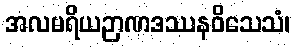
အလမရိယဉာဏဒဿနဝိသေသံ၊